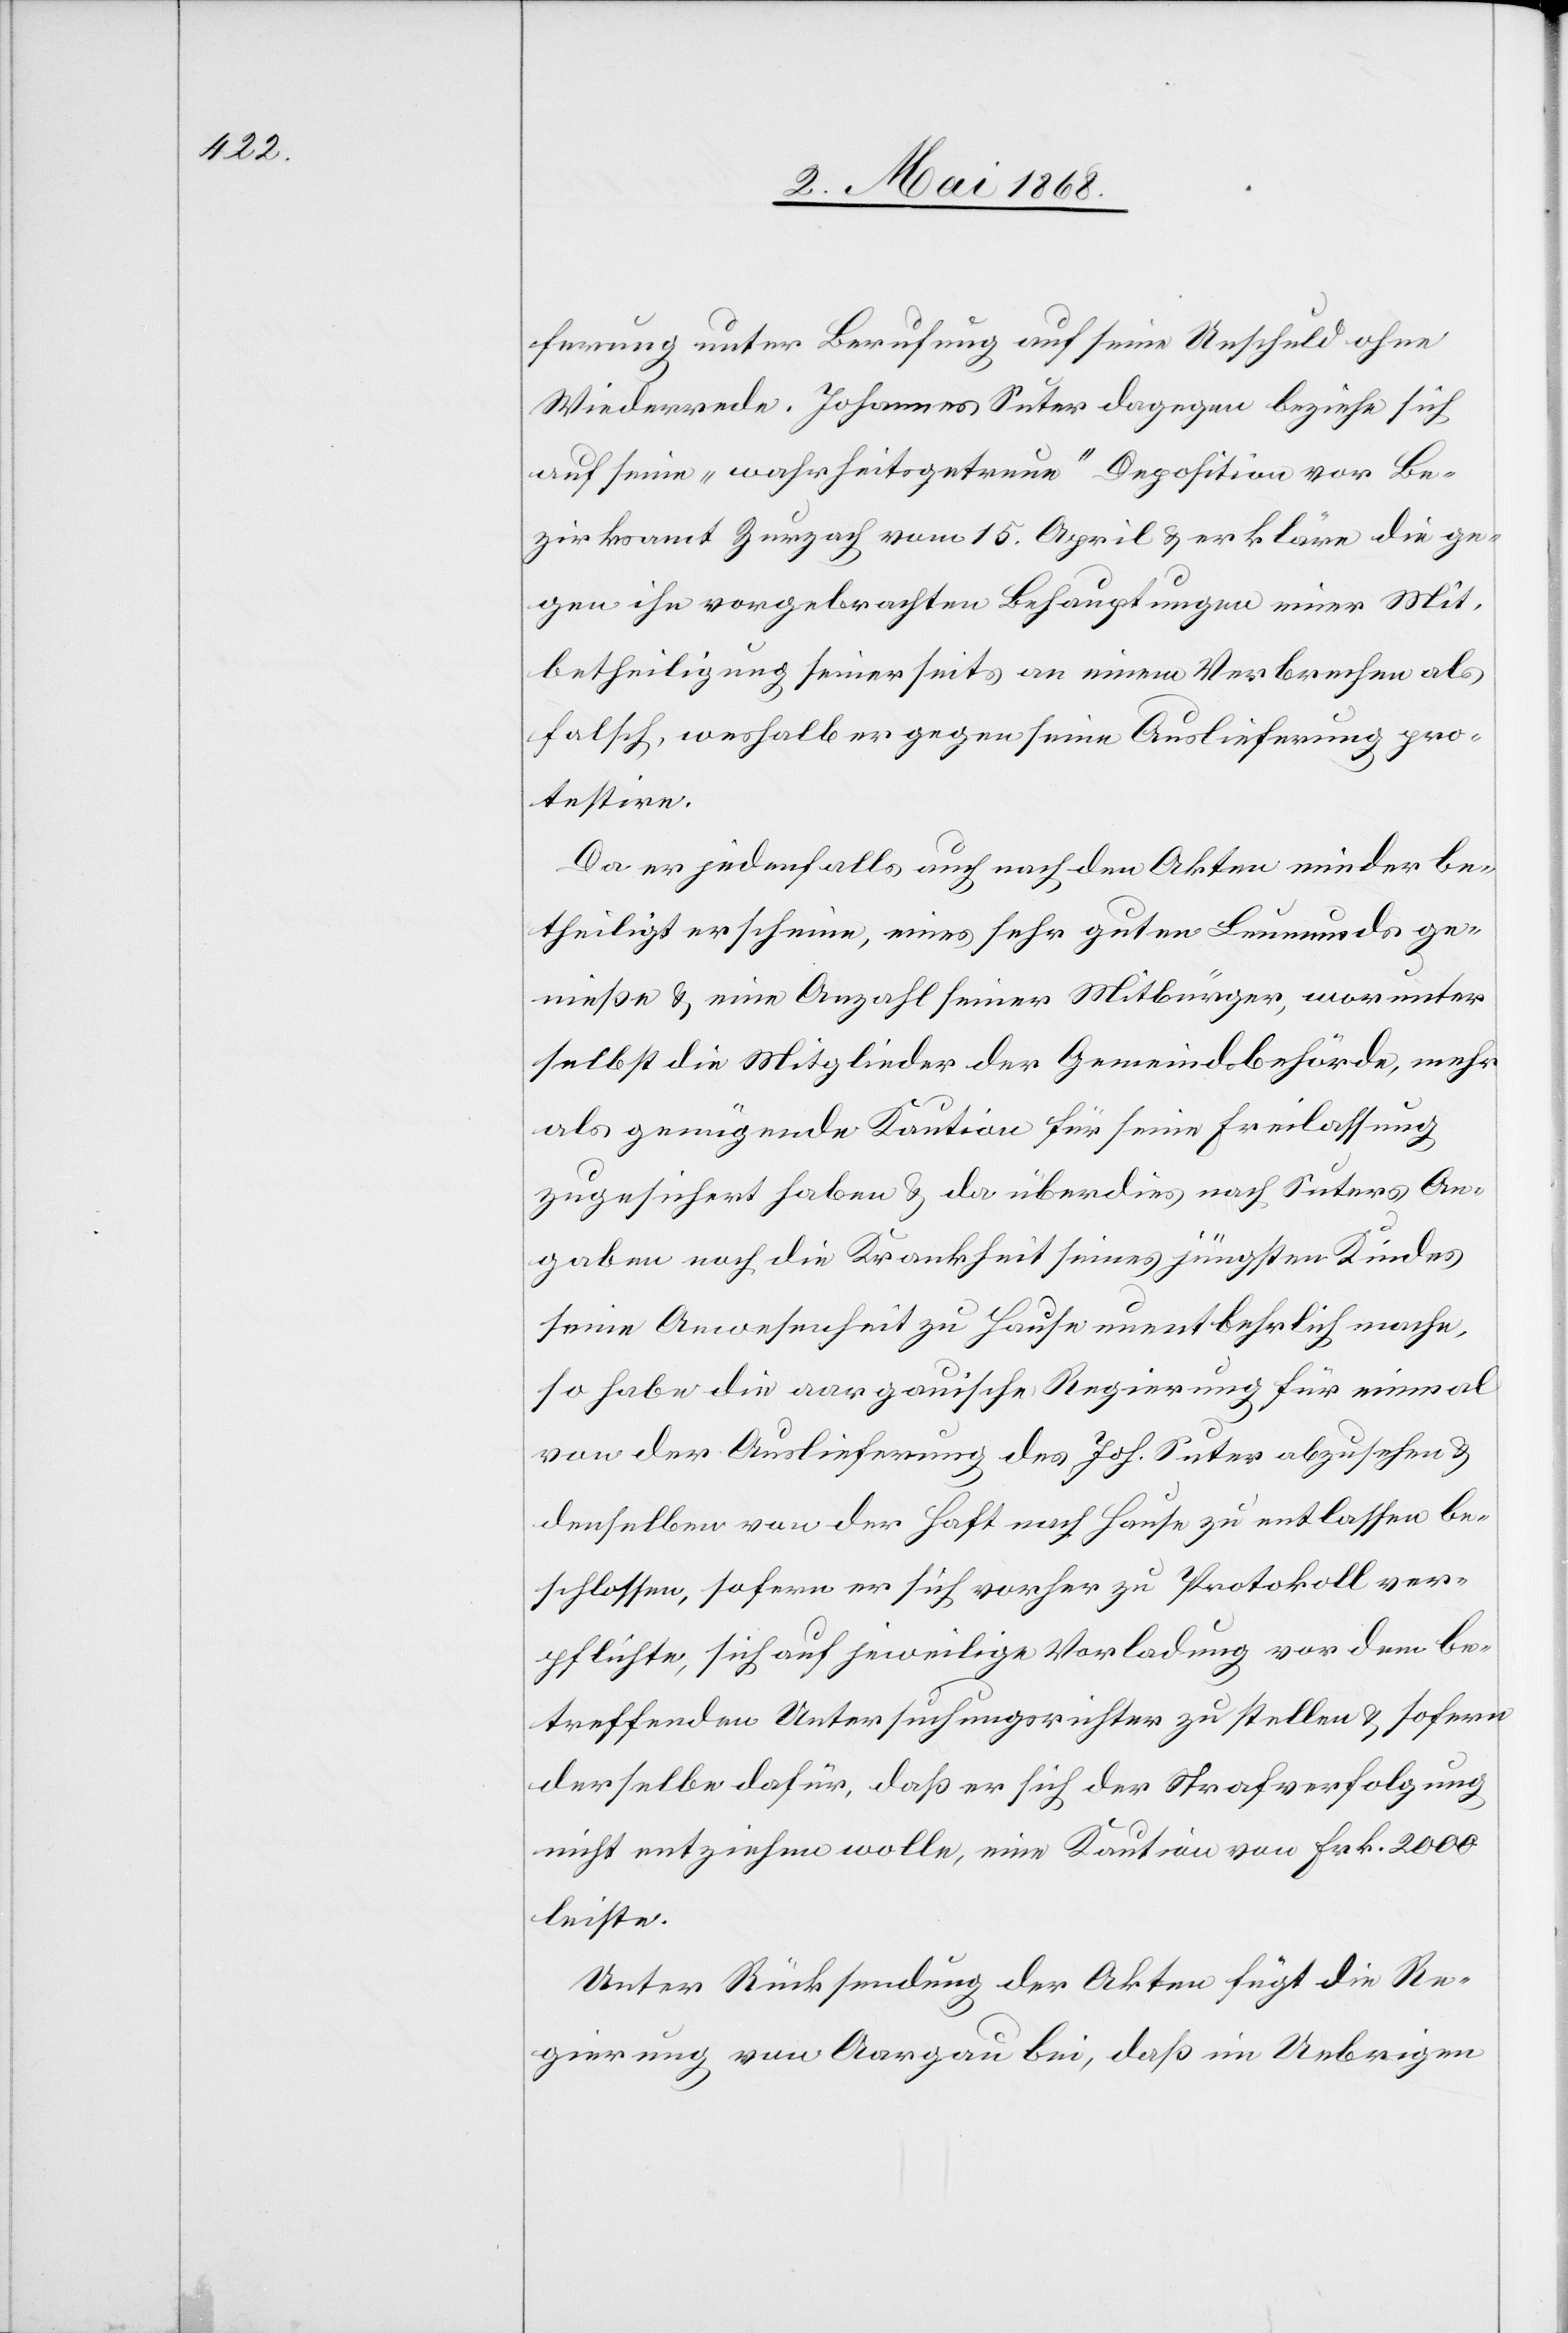
ferung unter Berufung auf seine Unschuld ohne
Wiederrede. Johannes Suter dagegen beziehe sich
auf seine „wahrheitsgetreue“ Deposition vor Be¬
zirksamt Zurzach vom 15. April & erkläre die ge¬
gen ihn vorgebrachten Behauptungen einer Mit¬
betheiligung seinerseits an einem Verbrechen als
falsch, weshalb er gegen seine Auslieferung pro¬
testire.
Da er jedenfalls auch nach den Akten minder be¬
theiligt erscheine, eines sehr guten Leumunds ge¬
nieße & eine Anzahl seiner Mitbürger, worunter
selbst die Mitglieder der Gemeindsbehörde, mehr
als genügende Kaution für seine Freilassung
zugesichert haben & da überdies nach Suters An¬
gaben noch die Krankheit seines jüngsten Kindes
seine Anwesenheit zu Hause unentbehrlich mache,
so habe die aargauische Regierung für einmal
von der Auslieferung des Joh. Suter abzusehen &
denselben von der Haft nach Hause zu entlassen be¬
schlossen, sofern er sich vorher zu Protokoll ver¬
pflichte, sich auf jeweilige Vorladung vor dem be¬
treffenden Untersuchungsrichter zu stellen & sofern
derselbe dafür, daß er sich der Strafverfolgung
nicht entziehen wolle, eine Kaution von Frk. 2000
leiste.
Unter Rücksendung der Akten fügt die Re¬
gierung von Aargau bei, daß im Uebrigen